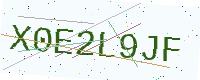
Text: X0E2L9JF